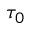
\tau _ { 0 }